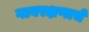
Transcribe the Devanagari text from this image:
गावरक्षणाचे